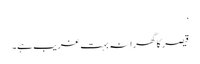
‘
قیصر کا گھرانہ بہت غریب ہے۔